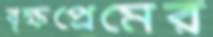
বৃক্ষপ্রেমের